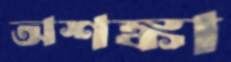
অশঙ্কা